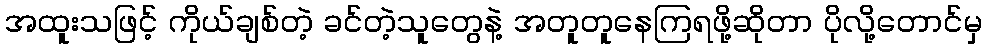
အထူးသဖြင့် ကိုယ်ချစ်တဲ့ ခင်တဲ့သူတွေနဲ့ အတူတူနေကြရဖို့ဆိုတာ ပိုလို့တောင်မှ